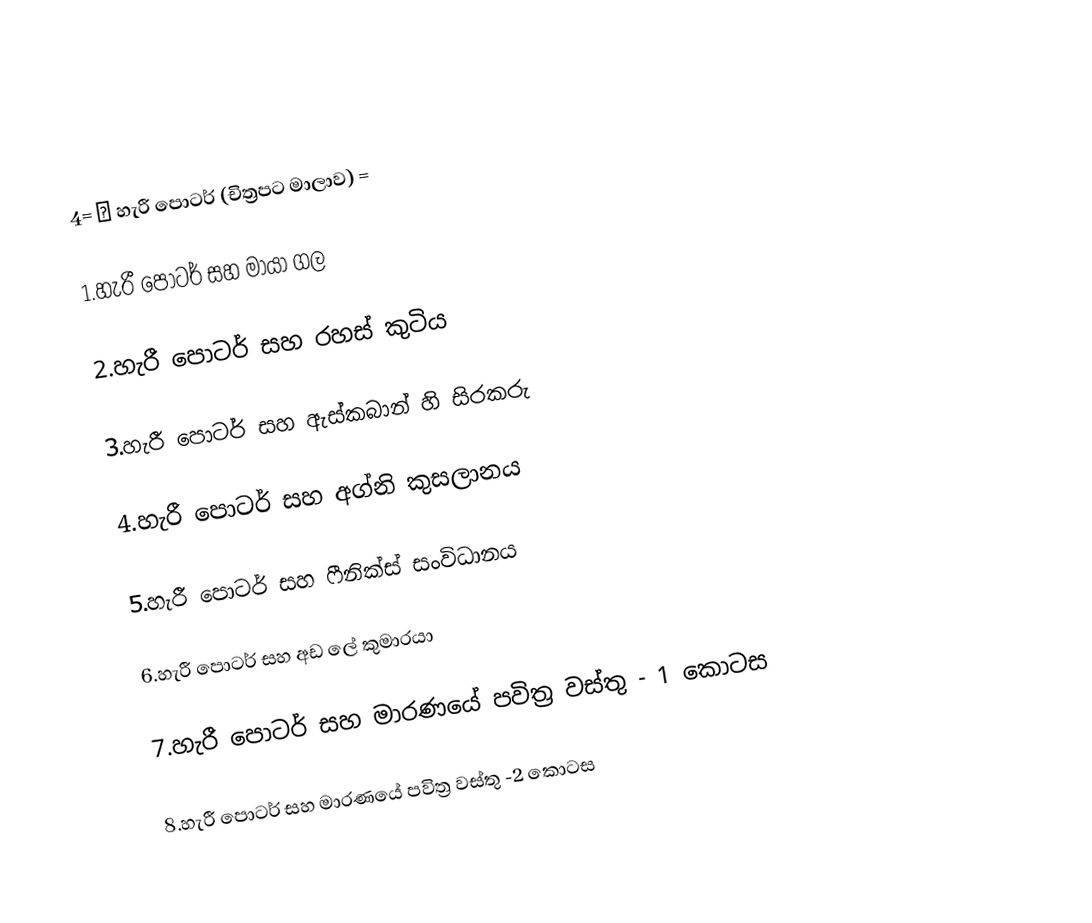

4= 🎬 හැරී පොටර් (චිත්‍රපට මාලාව) =

1.හැරී පොටර් සහ මායා ගල

2.හැරී පොටර් සහ රහස් කුටිය

3.හැරී පොටර් සහ ඇස්කබාන් හි සිරකරු

4.හැරී පොටර් සහ අග්නි කුසලානය

5.හැරී පොටර් සහ ෆීනික්ස් සංවිධානය

6.හැරී පොටර් සහ අඩ ලේ කුමාරයා

7.හැරී පොටර් සහ මාරණයේ පවිත්‍ර වස්තු - 1 කොටස

8.හැරී පොටර් සහ මාරණයේ පවිත්‍ර වස්තු -2 කොටස